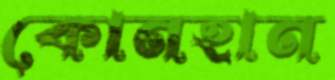
কোনহান